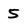
Character: 5